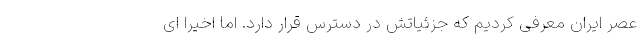
عصر ایران معرفی کردیم که جزئیاتش در دسترس قرار دارد. اما اخیرا ای